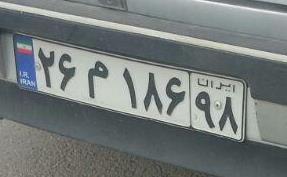
۲۶م۱۸۶۹۸